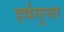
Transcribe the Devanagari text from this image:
हर्षगुप्ता